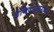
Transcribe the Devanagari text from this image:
दैनिकासारखा